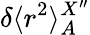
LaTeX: \delta\langle r^{2}\rangle_{A}^{X^{\prime\prime}}